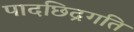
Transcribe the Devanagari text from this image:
पादछिद्रगति